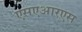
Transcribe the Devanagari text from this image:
एसएआरएस